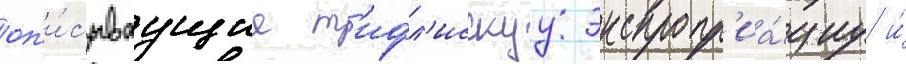
оп'и́сываущие т'ифл'исскуу экспропр'иа́циу и́